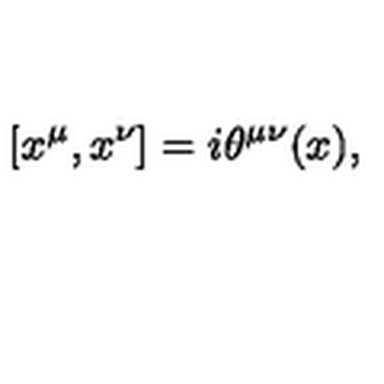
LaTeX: [ x ^ { \mu } , x ^ { \nu } ] = i \theta ^ { \mu \nu } ( x ) ,